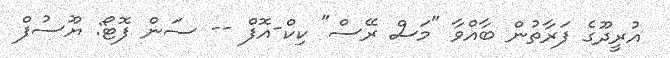
އުރީދޫގެ ފަރާތުން ބާއްވާ "މަސް ރޭސް" ކިކް-އޮފް -- ސަން ފޮޓޯ: ޔޫސުފް